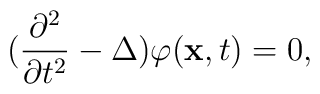
(\frac {\partial ^{2}}{\partial t^{2}}-\Delta )\varphi (\hbox {\bf x},t)=0,